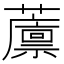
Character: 䕲